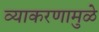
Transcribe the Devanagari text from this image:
व्याकरणामुळे